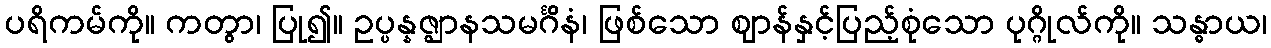
ပရိကမ်ကို။ ကတွာ၊ ပြု၍။ ဥပ္ပန္နဇ္ဈာနသမင်္ဂိနံ၊ ဖြစ်သော ဈာန်နှင့်ပြည့်စုံသော ပုဂ္ဂိုလ်ကို။ သန္ဓာယ၊